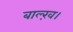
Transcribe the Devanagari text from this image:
बाल्ख़।